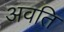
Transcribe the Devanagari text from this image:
अवति